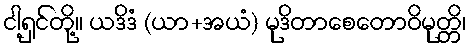
ငါ့ရှင်တို့။ ယဒိဒံ (ယာ+အယံ) မုဒိတာစေတောဝိမုတ္တိ၊